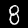
Digit: 8